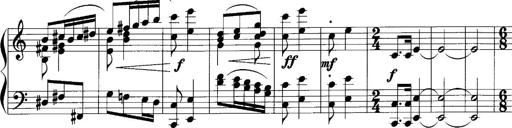
Title: Sonatina No.1
Composer: Otto Stoll
Key: C major